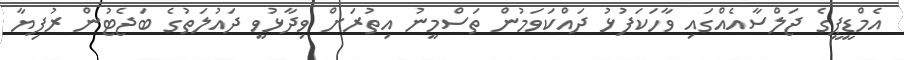
އެމްޑީޕީގެ ޖަލްސާއެއްގައި ވާހަކަފުޅު ދައްކަވަމުން ތަސްމީނު އިތުރަށް ވިދާޅުވީ ދައުލަތުގެ ބަޖެޓުން ރުފިޔާ